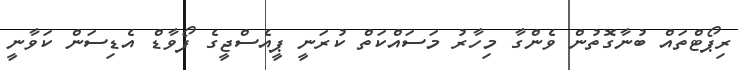
ރިޕޯޓްތައް ބުނާގޮތުން ވެންގާ މިހާރު މަސައްކަތް ކުރަނީ ޕީއެސްޖީގެ ފޯވާޑް އެޑިސަން ކަވާނީ